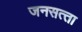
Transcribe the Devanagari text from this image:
जनसत्‍ता